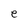
Character: e